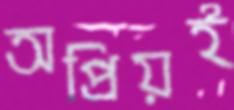
অপ্রিয়ই